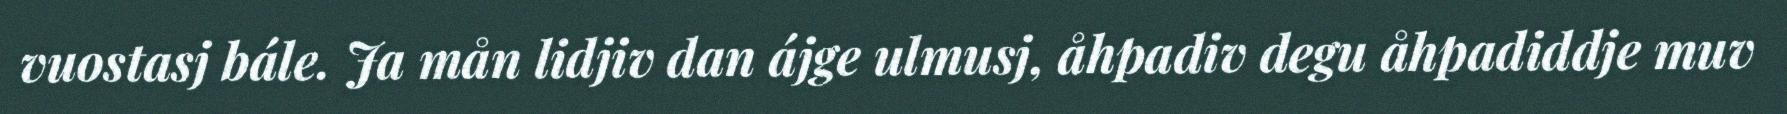
vuostasj bále. Ja mån lidjiv dan ájge ulmusj, åhpadiv degu åhpadiddje muv